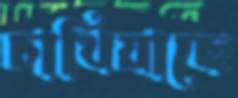
চাখিয়াছে